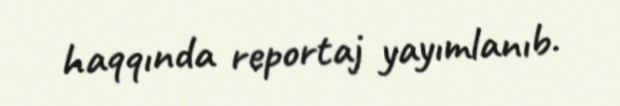
haqqında reportaj yayımlanıb.